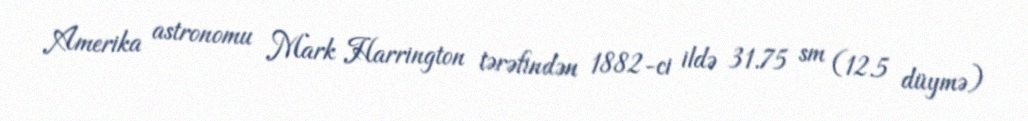
Amerika astronomu Mark Harrington tərəfindən 1882-ci ildə 31.75 sm (12.5 düymə)